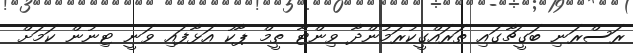
ރަސްރަނި ބަގީޗާގައި ތަރައްގީކުރަމުންދާ ވިންޓާ ތީމް ޕާކު އަޅާފައި ވަނީ ޓިނުން ކަމަށް